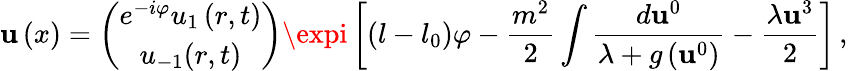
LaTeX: \mathbf{u}\left(x\right)=\left(\begin{array}{c}{{e^{-i\varphi}u_{1}\left(r,t\right)}}\\ {{u_{-1}(r,t)}}\end{array}\right)\expi\left[\left(l-l_{0}\right)\varphi-\frac{{m^{2}}}{{2}}\int\frac{{d\mathbf{u}^{0}}}{{\lambda+g\left(\mathbf{u}^{0}\right)}}-\frac{{\lambda\mathbf{u}^{3}}}{{2}}\right]\, ,